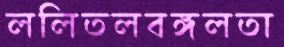
ললিতলবঙ্গলতা